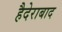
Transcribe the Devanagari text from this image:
हैदेराबाद